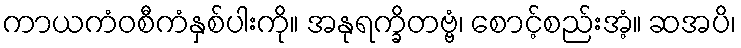
ကာယကံဝစီကံနှစ်ပါးကို။ အနုရက္ခိတဗ္ဗံ၊ စောင့်စည်းအံ့။ ဆအပိ၊